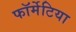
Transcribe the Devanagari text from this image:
फॉर्मेटिया